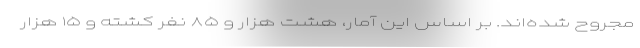
مجروح شده‌اند. بر اساس این آمار، هشت هزار و ۸۵ نفر کشته و ۱۵ هزار